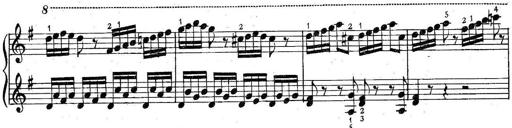
Title: 6 Easy Sonatinas
Composer: Carl Czerny